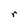
Character: r